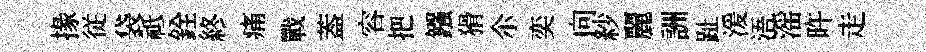
掾従袋祗銓終痛戰葢容把鏹猾尒奕向紗麗詶趾湲浯滛旿走